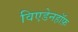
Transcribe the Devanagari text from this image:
विएडेनहॉफ़